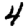
Digit: 4